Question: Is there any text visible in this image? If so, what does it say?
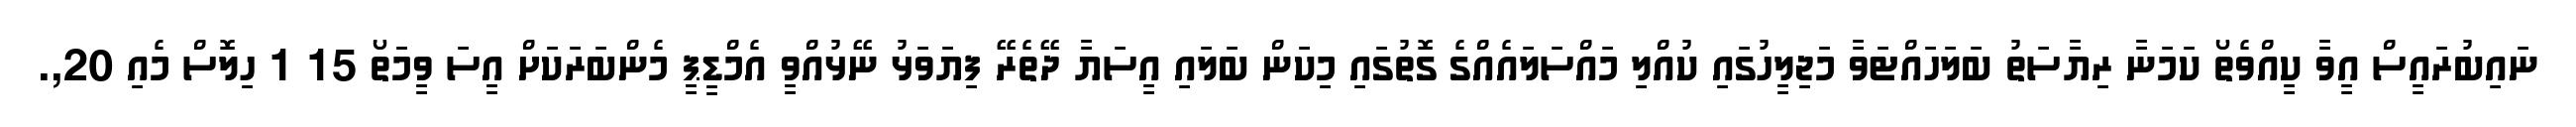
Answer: ނައިބުރައީސް އީވާ ކީއްވެތޯ ކަމަނާ ރިޔާސަތު ބަލަހައްޓަވާ މަޖިލީހުގައި ކުއްލި މައްސަލައެއްގެ ގޮތުގައި މިކަން ބަލައި އީސަޔާ ދޭތެރޭ ފިޔަވަޅު ނޭޅުއްވީ އެމްޑީޕީ މެންބަރަކަށް އީސަ ވީމަތޯ 15 1 ހިލޮސް މެއި 20,.